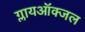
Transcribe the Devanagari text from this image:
ग्लायऑक्जल